Source: Handwritten
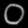
Digit: ၀ (0)